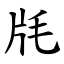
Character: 㲏